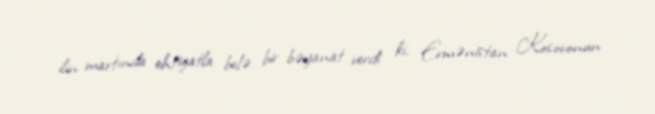
ilin martında ehtiyatla belə bir bəyanat verdi ki, Ermənistan Kosovonun